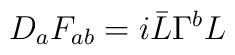
D_aF_{ab} = i\bar{L}\Gamma^bL